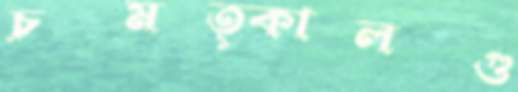
চমত্কালগু